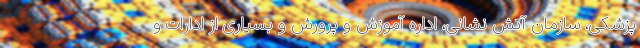
پزشکی، سازمان آتش نشانی، اداره آموزش و پرورش و ‌بسیاری از ادارات و